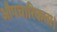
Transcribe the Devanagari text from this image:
औपचारिकता।